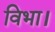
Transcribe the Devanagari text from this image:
विभा।